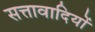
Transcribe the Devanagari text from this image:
सत्तावादियों